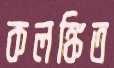
কলঙ্কিত